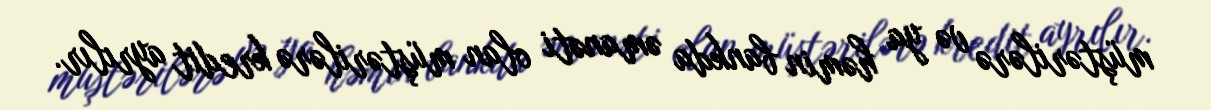
müştərilərə və ya həmin bankda əmanəti olan müştərilərə kredit ayrılır.